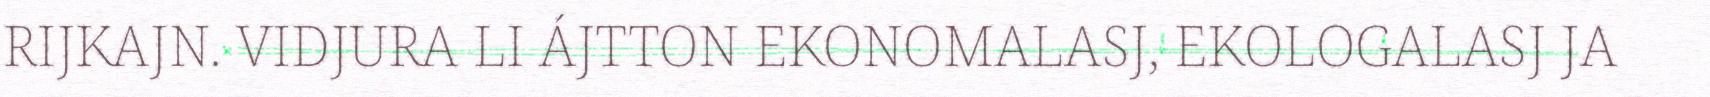
RIJKAJN. VIDJURA LI ÁJTTON EKONOMALASJ, EKOLOGALASJ JA